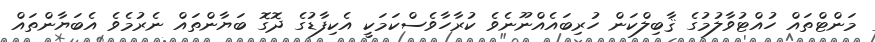
މަންޓްތައް ހުއްޓުވާލުމުގެ ޤާބިލްކަން ހުރިބައެއްނޫނެވެ ކުރާހާވެސްކަމަކީ އެކިފާޑުގެ ދޮގޮ ބަޔާންތައް ނެރުމެވެ އެބަޔާންތައް